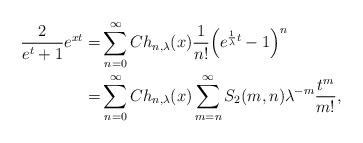
LaTeX: \begin{align*}\frac{2}{e^t+1}e^{xt} =& \sum_{n=0}^\infty Ch_{n,\lambda }(x) \frac{1}{n!} \Big( e^{\frac{1}{\lambda }t}-1\Big)^n \\=& \sum_{n=0}^\infty Ch_{n,\lambda }(x) \sum_{m=n}^\infty S_2(m,n) \lambda ^{-m} \frac{t^m}{m!},\end{align*}